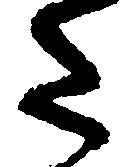
た